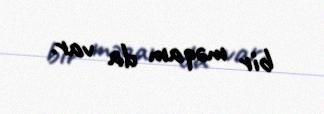
bir məqam da var.